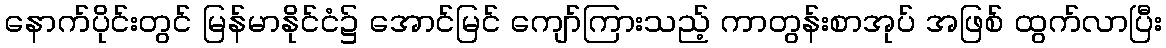
နောက်ပိုင်းတွင် မြန်မာနိုင်ငံ၌ အောင်မြင် ကျော်ကြားသည့် ကာတွန်းစာအုပ် အဖြစ် ထွက်လာပြီး